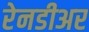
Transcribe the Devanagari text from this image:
रेनडीअर